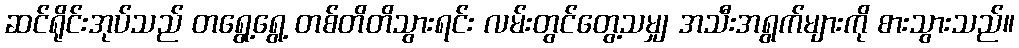
ဆင်ရိုင်းအုပ်သည် တရွေ့ရွေ့ တစ်တိတိသွားရင်း လမ်းတွင်တွေ့သမျှ အသီးအရွက်များကို စားသွားသည်။